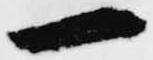
一